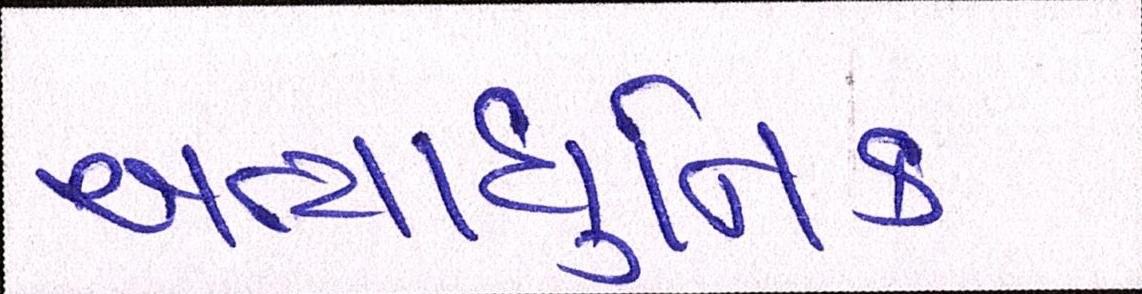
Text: અત્યાધુનિક